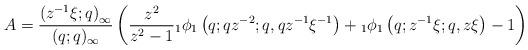
LaTeX: \begin{align*} A=\frac{\left(z^{-1}\xi;q\right)_{\infty}}{(q;q)_{\infty}}\left(\frac{z^{2}}{z^{2}-1}{}_{1}\phi_{1}\left(q;qz^{-2};q,qz^{-1}\xi^{-1}\right) +{}_{1}\phi_{1}\left(q;z^{-1}\xi;q,z\xi\right)-1\right) \end{align*}